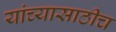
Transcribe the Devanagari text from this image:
यांच्यासाठीच